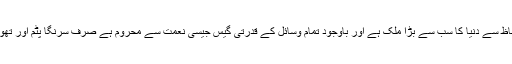
جبکہ ہندوستان جو آبادی کے لحاظ سے دُنیا کا سب سے بڑا ملک ہے اور باوجود تمام وسائل کے قدرتی گیس جیسی نعمت سے محروم ہے صرف سرنگا پٹم اور تھوڑے بہت علاقوں میں گیس ہے۔